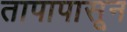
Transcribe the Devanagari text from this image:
तापापासून